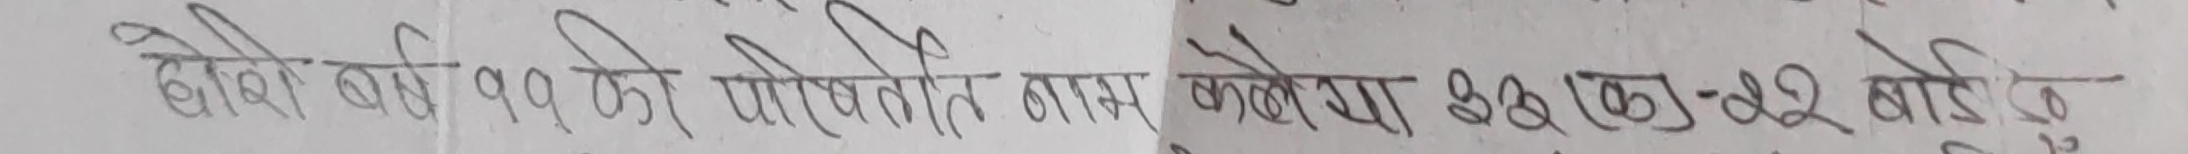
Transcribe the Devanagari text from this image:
चौध वर्ष ११ कि पोषित नापमा केलेगता ३९ (क)-२२ बोडि